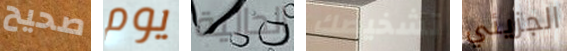
صحيح يوم الجالية تشخيصك الجزيئي